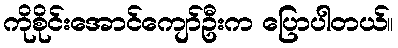
ကိုစိုင်းအောင်ကျော်ဦးက ပြောပါတယ်။